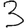
Digit: 3